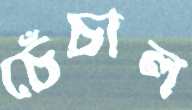
চেঁচাল